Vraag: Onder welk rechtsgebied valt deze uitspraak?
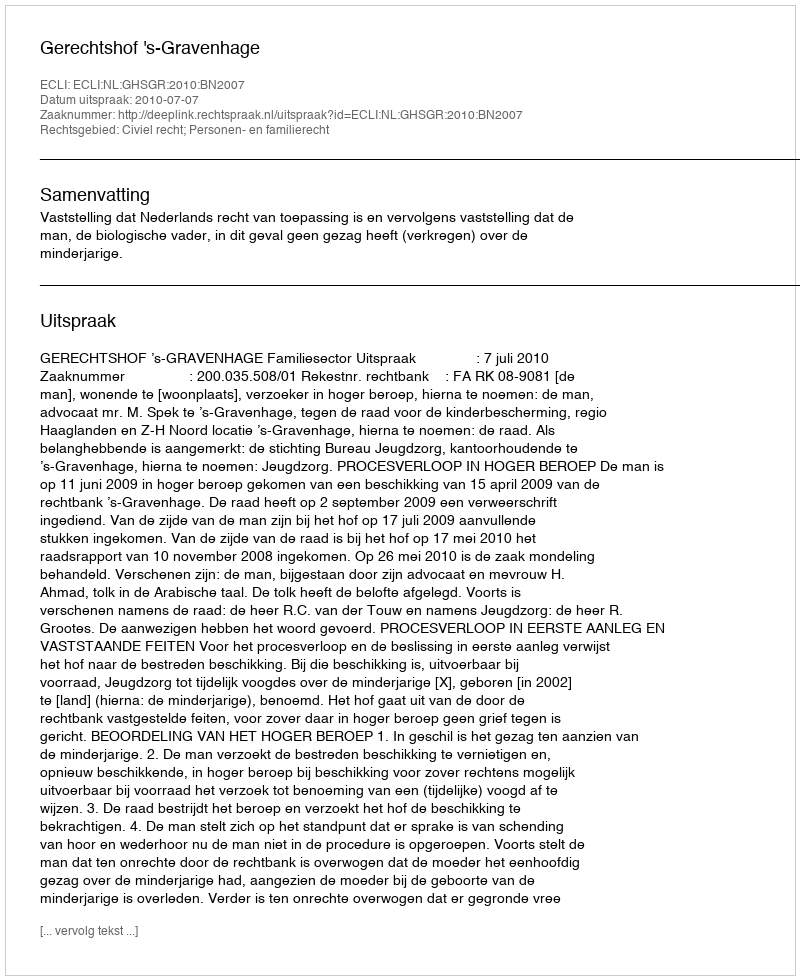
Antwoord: Civiel recht; Personen- en familierecht